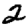
Digit: 2